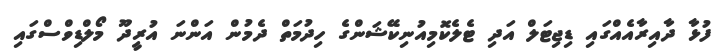
ފުޅާ ދާއިރާއެއްގައި ޑިޖިޓަލް އަދި ޓެލެކޮމިއުނިކޭޝަންގެ ހިދުމަތް ދެމުން އަންނަ އުރީދޫ މޯލްޑިވްސްގައި